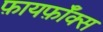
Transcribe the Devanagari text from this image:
फ़ायर्फ़ॉक्स